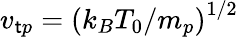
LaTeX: v_{\mathsf{t}p}={(k_{B}T_{0}/m_{p})}^{1/2}